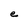
Character: e